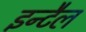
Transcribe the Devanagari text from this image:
इन्टैल